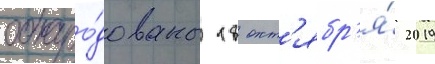
обнаро́дованы 18 окт'ябр'я́ 2019